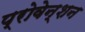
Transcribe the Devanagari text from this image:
प्रोवेन्शन